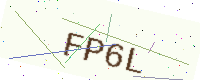
Text: FP6L